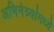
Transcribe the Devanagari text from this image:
अभिनेत्र्यांमध्ये